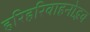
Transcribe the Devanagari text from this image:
हरिहरिवाहनोद्भव